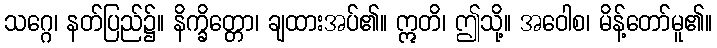
သဂ္ဂေ၊ နတ်ပြည်၌။ နိက္ခိတ္တော၊ ချထားအပ်၏။ ဣတိ၊ ဤသို့။ အဝေါစ၊ မိန့်တော်မူ၏။